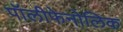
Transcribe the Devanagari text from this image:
पॉलीफेनोलिक